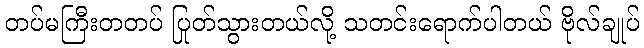
တပ်မကြီးတတပ် ပြုတ်သွားတယ်လို့ သတင်းရောက်ပါတယ် ဗိုလ်ချုပ်